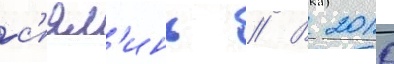
с'ял'инь // В 2010